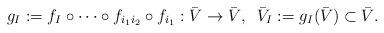
LaTeX: \begin{align*} g_I:= f_I\circ \cdots \circ f_{i_1i_2}\circ f_{i_1}:\bar V \to \bar V, \,\,\, \bar V_I :=g_I(\bar V)\subset \bar V.\end{align*}